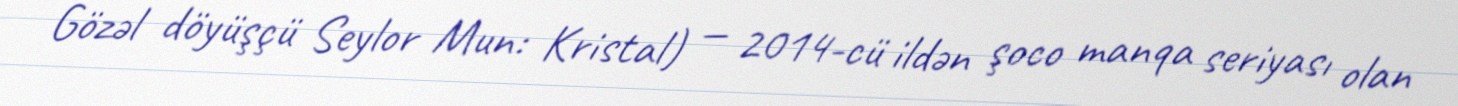
Gözəl döyüşçü Seylor Mun: Kristal) — 2014-cü ildən şoco manqa seriyası olan